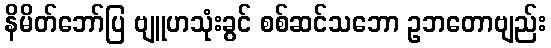
နိမိတ်ဘော်ပြ ဗျူဟသုံးခွင် စစ်ဆင်သဘော ဥဘတောဗျည်း